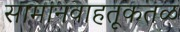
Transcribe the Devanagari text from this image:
सामानवाहतूकतळ